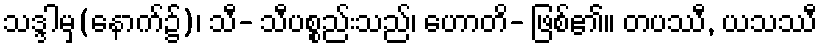
သဒ္ဒါမှ(နောက်၌)၊ သီ- သီပစ္စည်းသည်၊ ဟောတိ- ဖြစ်၏။ တပဿီ, ယသဿီ